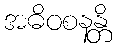
အဓိဝစနန္တိ